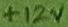
Text: +12V